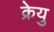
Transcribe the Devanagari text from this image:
क्रेयु